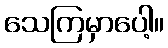
သေကြမှာပေါ့။